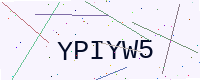
Text: YPIYW5